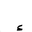
Letter: _hamza